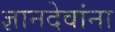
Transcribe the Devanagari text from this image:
ज्ञानदेवांना